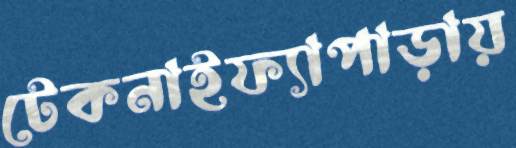
টেকনাইফ্যাপাড়ায়